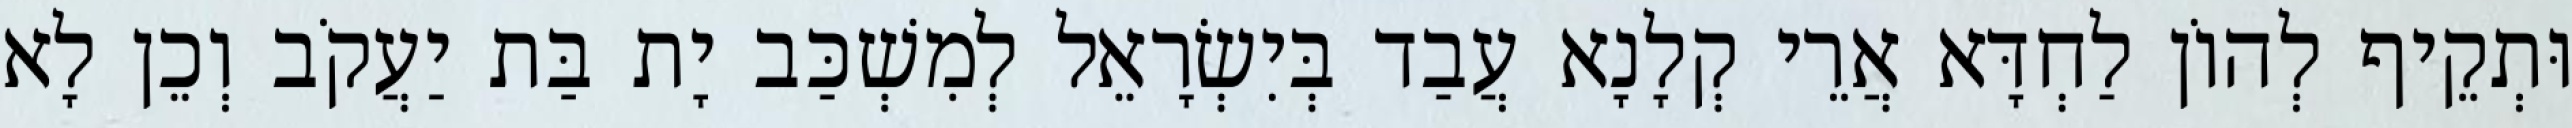
וּתְקֵיף לְהוֹן לַחְדָּא אֲרֵי קְלָנָא עֲבַד בְּיִשְׂרָאֵל לְמִשְׁכַּב יָת בַּת יַעֲקֹב וְכֵן לָא